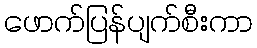
ဖောက်ပြန်ပျက်စီးကာ